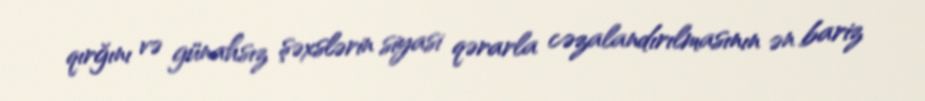
qırğını və günahsız şəxslərin siyasi qərarla cəzalandırılmasının ən bariz